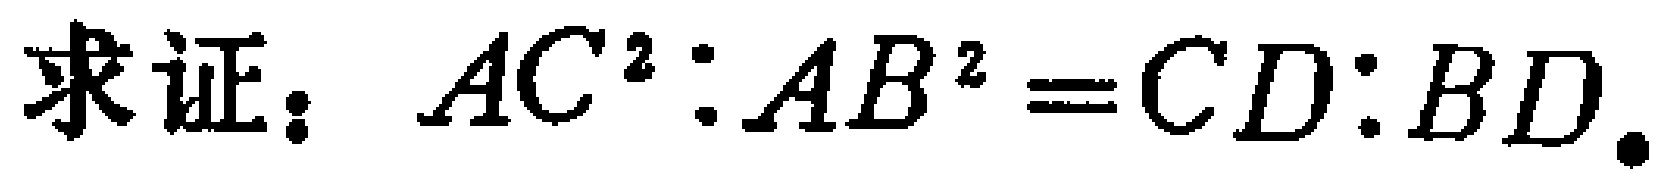
求证：$AC^{2}:AB^{2}=CD:BD$.